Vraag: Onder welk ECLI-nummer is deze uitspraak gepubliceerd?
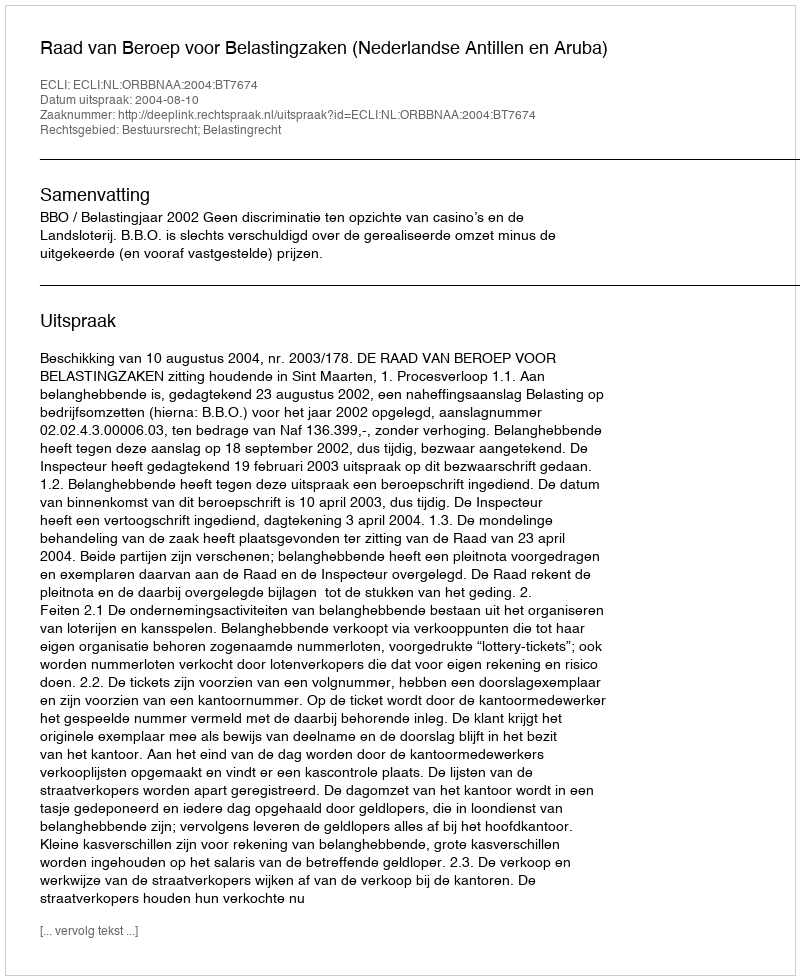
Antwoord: ECLI:NL:ORBBNAA:2004:BT7674